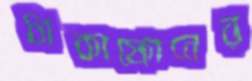
ঢাকাফোনের